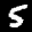
Label: 5